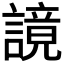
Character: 𧫙